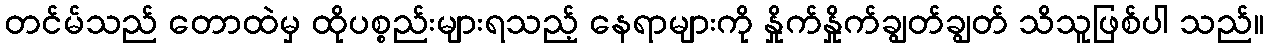
တင်မ်သည် တောထဲမှ ထိုပစ္စည်းများရသည့် နေရာများကို နှိုက်နှိုက်ချွတ်ချွတ် သိသူဖြစ်ပါ သည်။